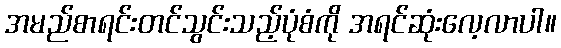
အမည်စာရင်းတင်သွင်းသည့်ပုံစံကို အရင်ဆုံးလေ့လာပါ။